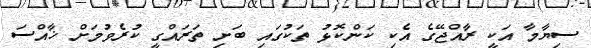
ސިޔާމާ އަކީ ރާއްޖޭގެ އެކި ކަންކޮޅު ތަކުގައި ބަށި ތަރައްގީ ކުރެވުމަށް ޚާއްސަ